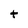
Character: t